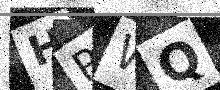
Text: HPWQ